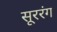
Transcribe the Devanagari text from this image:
सूररंग